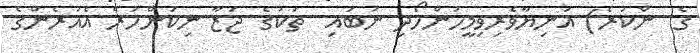
ގެ  ންކުރެ) އަނިޔާވެރިވިމީހުންހޯދި ނުބައި  ތަކުގެ ޖަޒާ ނިކަންހުރެ އެއުރެންގެ